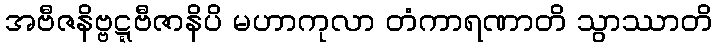
အဗီဇနိဗ္ဗဋ္ဋဗီဇာနိပိ မဟာကုလာ တံကာရဏာတိ သွာဿာတိ